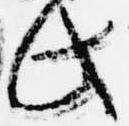
此